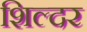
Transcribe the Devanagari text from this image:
शिल्दर